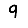
Digit: 9